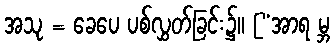
အသု = ခေပေ ပစ်လွှတ်ခြင်း၌။ [“အာရ မ္ဘ